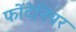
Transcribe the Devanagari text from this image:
फोंटेनियर